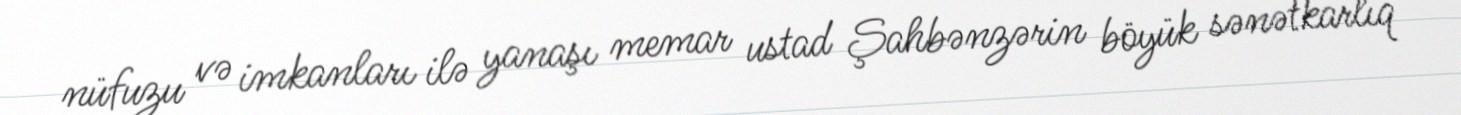
nüfuzu və imkanları ilə yanaşı memar ustad Şahbənzərin böyük sənətkarlıq